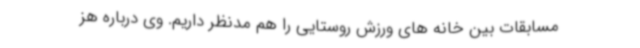
مسابقات بین خانه های ورزش روستایی را هم مدنظر داریم. وی درباره هز